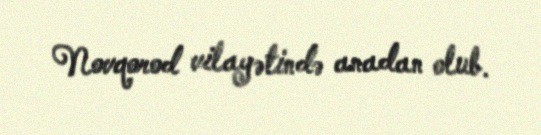
Novqorod vilayətində anadan olub.